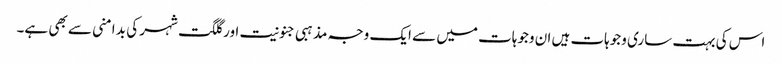
اس کی بہت ساری وجوہات ہیں ان وجوہات میں سے ایک وجہ مذہبی جنونیت اور گلگت شہر کی بد امنی سے بھی ہے۔